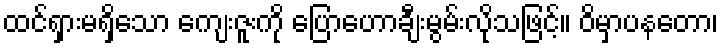
ထင်ရှားမရှိသော ကျေးဇူးကို ပြောဟောချီးမွမ်းလိုသဖြင့်။ ဝိမှာပနတော၊